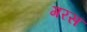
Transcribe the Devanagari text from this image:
गरस